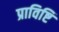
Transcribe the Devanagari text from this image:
प्राविष्टि